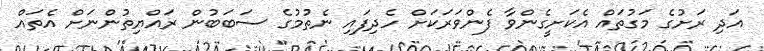
އަދި ރަށުގެ މަގުތައް އެކަށީގެންވާ ފެންވަރަކަށް ހެދިފައި ނެތުމުގެ ސަބަބުން ރައްޔިތުންނަށް އެތައް